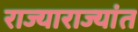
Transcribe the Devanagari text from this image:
राज्याराज्यांत